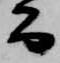
公